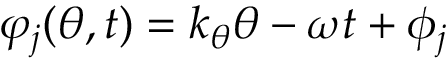
\varphi _ { j } ( \theta , t ) = k _ { \theta } \theta - \omega t + \phi _ { j }